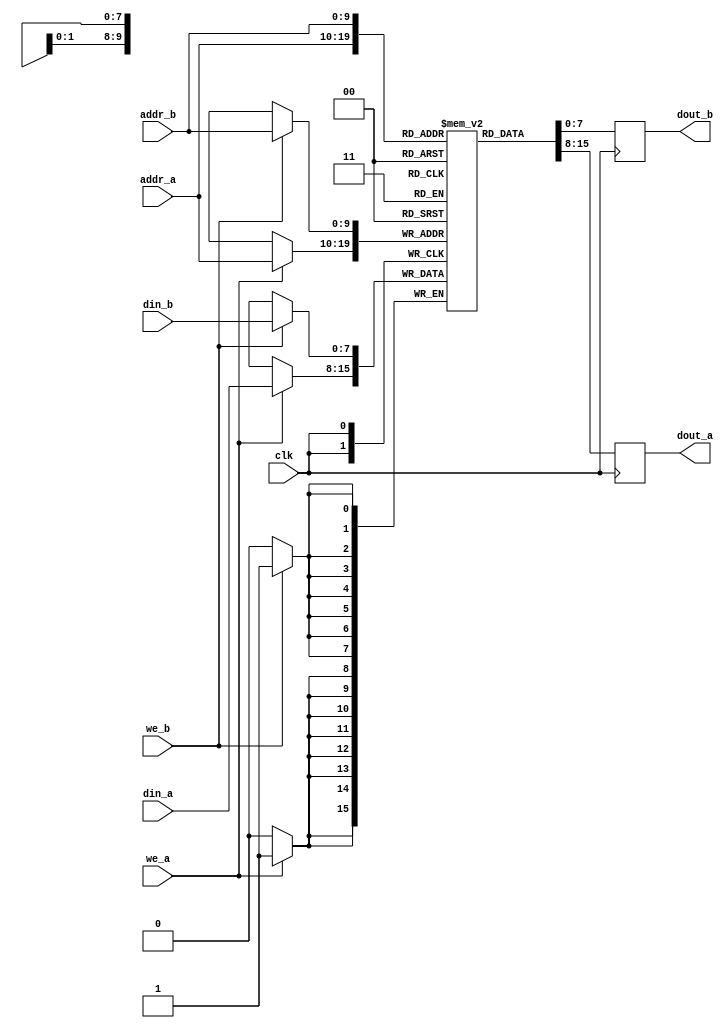
`timescale 1ns / 1ps
//////////////////////////////////////////////////////////////////////////////////
// Company: 
// Engineer: 
// 
// Design Name: 
// Module Name: bram_synch_dual_port
// Project Name: 
// Target Devices: 
// Tool Versions: 
// Description: 
// 
// Dependencies: 
// 
// Revision:
// Revision 0.01 - File Created
// Additional Comments:
// 
//////////////////////////////////////////////////////////////////////////////////


module bram_synch_dual_port    
    #(parameter ADDR_WIDTH = 10, DATA_WIDTH = 8)
    (
        input clk,
        input we_a, we_b,
        input [ADDR_WIDTH - 1: 0] addr_a, addr_b,
        input [DATA_WIDTH - 1: 0] din_a, din_b,
        output reg [DATA_WIDTH - 1: 0] dout_a, dout_b
    );
    
    
    reg [DATA_WIDTH - 1: 0] memory [0: 2 ** ADDR_WIDTH - 1];
    
    // port a
    always @(posedge clk)
    begin
        if (we_a)
            memory[addr_a] <= din_a;
        dout_a <= memory[addr_a];
    end
    
    // port b
    always @(posedge clk)
    begin
        if (we_b)
            memory[addr_b] <= din_b;
        dout_b <= memory[addr_b];
    end    
endmodule